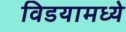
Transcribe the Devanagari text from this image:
विडयामध्ये